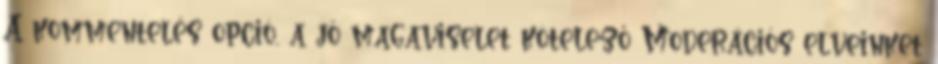
A kommentelés opció, a jó magaviselet kötelező Moderációs elveinket